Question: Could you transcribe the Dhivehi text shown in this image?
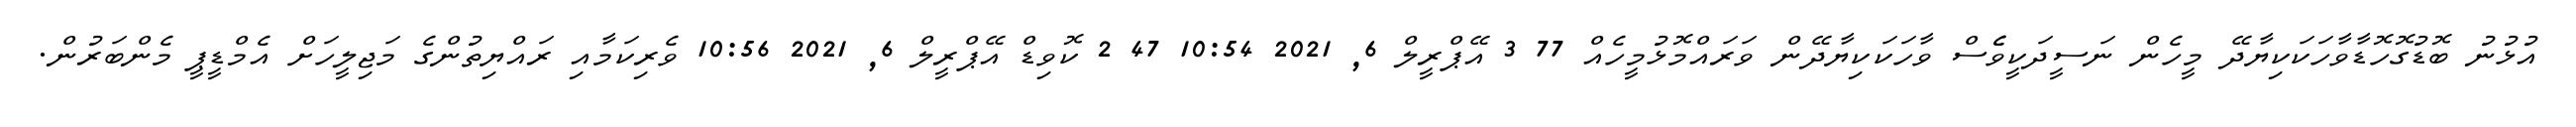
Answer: އުޅުނު ބޮޑުގޮހޮޑާވާހަކަކިޔާދޭ މީހެން ނަސީދަކީވެެސް ވާހަކަކިޔާދޭން ވަރައްމޮޅުމީހެއް 77 3 އޭޕްރީލް 6, 2021 10:54 47 2 ކޮވިޑް އޭޕްރީލް 6, 2021 10:56 ވެރިކަމާއި ރައްޔިތުންގެ މަޖިލީހަށް އެމްޑީޕީ މެންބަރުން.